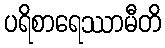
ပရိစာရေဿာမီတိ